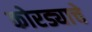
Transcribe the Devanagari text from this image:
कोरड्याचे